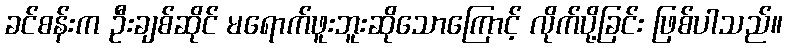
ခင်စန်းက ဦးချစ်ဆိုင် မရောက်ဖူးဘူးဆိုသောကြောင့် လိုက်ပို့ခြင်း ဖြစ်ပါသည်။